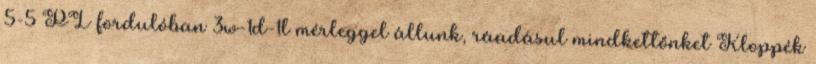
5-5 PL fordulóban 3w-1d-1l mérleggel állunk, ráadásul mindkettőnket Kloppék